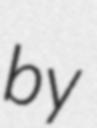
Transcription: by